General report no. 6 on the lunatic asylums, vaccination and dispensaries in the Bengal Presidency, 1873 -
Year: 1873
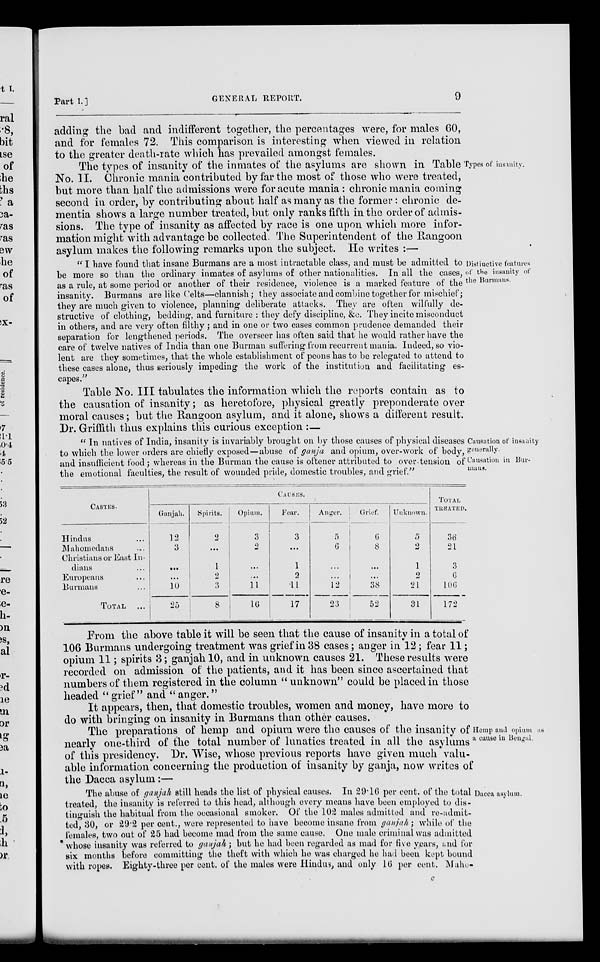
Part I.]
GENERAL REPORT.
9
adding the bad and indifferent together, the percentages were, for males 60,
and for females 72. This comparison is interesting when viewed in relation
to the greater death-rate which has prevailed amongst females.
Types of insanity.
The types of insanity of the inmates of the asylums are shown in Table
No. II. Chronic mania contributed by far the most of those who were treated,
but more than half the admissions were for acute mania : chronic mania coiming
second in order, by contributing about half as many as the former: chronic de-
mentia shows a large number treated, but only ranks fifth in the order of admis-
sions. The type of insanity as affected by race is one upon which more infor-
mation might with advantage be collected. The Superintendent of the Rangoon
asylum makes the following remarks upon the subject. He writes :—
Distinctive features
of the insanity of
the Burmans.
"I have found that insane Burmans are a most intractable class, and must be admitted to
be more so than the ordinary inmates of asylums of other nationalities. In all the cases,
as a rule, at some period or another of their residence, violence is a marked feature of the
insanity. Burmans are like Celts—clannish; they associate and combine together for mischief;
they are much given to violence, planning deliberate attacks. They are often wilfully de-
structive of clothing, bedding, and furniture : they defy discipline, &c. They incite misconduct
in others, and are very often filthy; and in one or two cases common prudence demanded their
separation for lengthened periods. The overseer has often said that he would rather have the
care of twelve natives of India than one Burman suffering from recurrent mania. Indeed, so vio-
lent are they sometimes, that the whole establishment of peons has to be relegated to attend to
these cases alone, thus seriously impeding the work of the institution and facilitating es-
capes."
Table No. III tabulates the information which the reports contain as to
the causation of insanity; as heretofore, physical greatly preponderate over
moral causes; but the Rangoon asylum, and it alone, shows a different result.
Dr. Griffith thus explains this curious exception :—
Causation of insanity
generally.
Causation in Bur-
mans.
" In natives of India, insanity is invariably brought on by those causes of physical diseases
to which the lower orders are chiefly exposed—abuse of ganja and opium, over-work of body,
and insufficient food; whereas in the Burman the cause is oftener attributed to over-tension of
the emotional faculties, the result of wounded pride, domestic troubles, and grief."
CASTES.
Hindus ...
Mahomedans ...
Christians or East In-
dians ...
Europeans ...
Buramus ...
TOTAL ...
CAUSES.
Ganjah.
12
3
...
...
10
25
Spirits.
2
...
1
2
3
8
Opium.
3
2
...
...
11
16
Fear.
3
...
1
2
11
17
Anger.
5
C 1
...
...
12
23
Grief.
6
8
...
...
38
52
Unknown.
5
2
1
0
21
31
TOTAL
TREATED.
36
21
3
0
106
172
From the above table it will be seen that the cause of insanity in a total of
106 Burmans undergoing treatment was grief in 38 cases; anger in 12; fear 11;
opium 11; spirits 3; ganjah 10, and in unknown causes 21. These results were
recorded on admission of the patients, and it has been since ascertained that
numbers of them registered in the column "unknown" could be placed in those
headed " grief" and " anger."
It appears, then, that domestic troubles, women and money, have more to
do with bringing on insanity in Burmans than other causes.
Hemp and opium as
a cause in Bengal.
The preparations of hemp and opium were the causes of the insanity of
nearly one-third of the total number of lunatics treated in all the asylums
of this presidency. Dr. Wise, whose previous reports have given much valu-
able information concerning the production of insanity by ganja, now writes of
the Dacca asylum:—
Dacca asylum.
The abuse of ganjah still heads the list of physical causes. In 29.16 per cent. of the total
treated, the insanity is referred to this head, although every means have been employed to dis-
tinguish the habitual from the occasional smoker. Of the 102 males admitted and re-admit-
ted, 30, or 29.2 per cent., were represented to have become insane from ganjah; while of the
females, two out of 25 had become mad from the same cause. One male criminal was admitted
whose insanity was referred to gaujah; but he had been regarded as mad for five years, and for
six months before committing the theft with which he was charged he had been kept bound
with ropes. Eighty-three per cent. of the males were Hindus, and only 16 per cent. Maho-
c